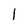
Character: I